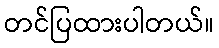
တင်ပြထားပါတယ်။